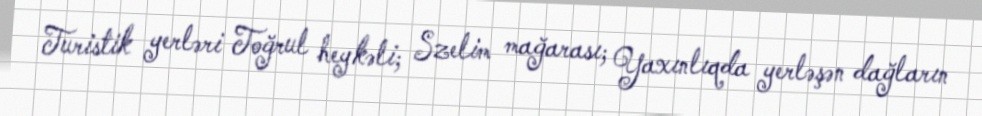
Turistik yerləri Toğrul heykəli; Szelim mağarası; Yaxınlıqda yerləşən dağların